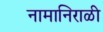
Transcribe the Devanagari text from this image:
नामानिराळी